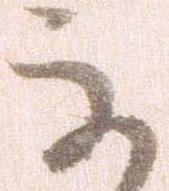
な